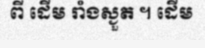
ពី ដើម រាំងស្ងួត ។ ដើម